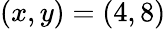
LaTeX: (x,y)=(4,8)